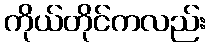
ကိုယ်တိုင်ကလည်း